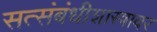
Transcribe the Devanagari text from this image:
सत्संबंधीशास्त्रावर